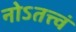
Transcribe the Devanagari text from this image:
नोऽतत्त्वं